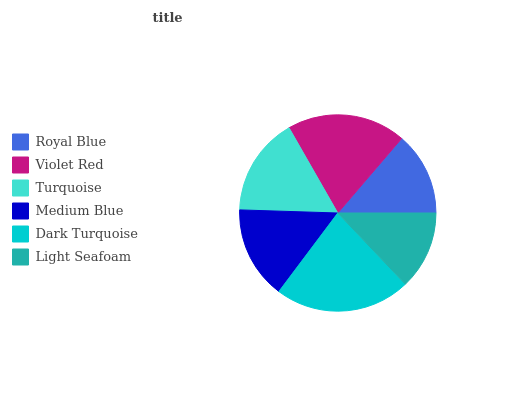
| Royal Blue | Violet Red | Turquoise | Medium Blue | Dark Turquoise | Light Seafoam |
 | --- | --- | --- | --- | --- | --- |
 | 13.7% | 19.6% | 16.2% | 15.3% | 22.3% | 12.9% |